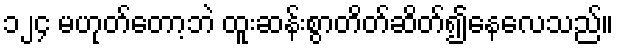
၁၂၄ မဟုတ်တော့ဘဲ ထူးဆန်းစွာတိတ်ဆိတ်၍နေလေသည်။